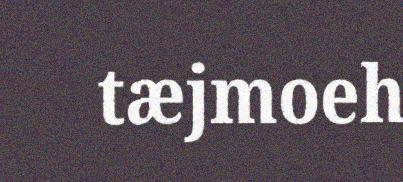
tæjmoeh